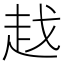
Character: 𧺱